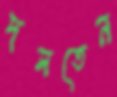
দলতেন